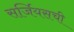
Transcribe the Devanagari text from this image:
सर्जियसची